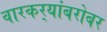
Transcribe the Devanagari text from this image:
वारकर्‍यांबरोबर